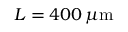
L = 4 0 0 \, \mu \mathrm { m }